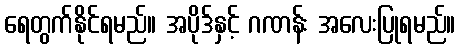
ရေတွက်နိုင်ရမည်။ အပိုဒ်နှင့် ဂဏန်း အလေးပြုရမည်။